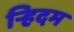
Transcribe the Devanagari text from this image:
र्‍हिदम